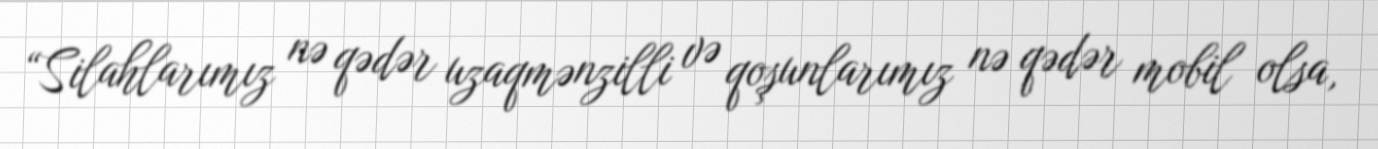
“Silahlarımız nə qədər uzaqmənzilli və qoşunlarımız nə qədər mobil olsa,